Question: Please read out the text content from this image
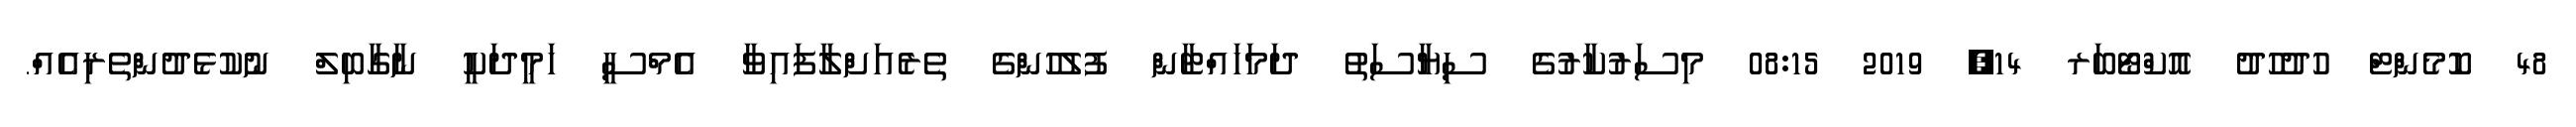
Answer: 48 ކޮމެންޓް ހުދުހުދު އޮކްޓޯބަރ 14, 2019 08:15 މިސަރުކާރުގެ ސިޔާސަތު ދަމަހައްޓާން ފުލުހުންގެ ތެރެއަށްލާފައިވާ އެމްސީ ހަމީދަކީ ނާގާބިލް ނުކުޅެދުންތެރިއެއް.